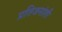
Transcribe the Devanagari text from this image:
प्रतिजनांशी